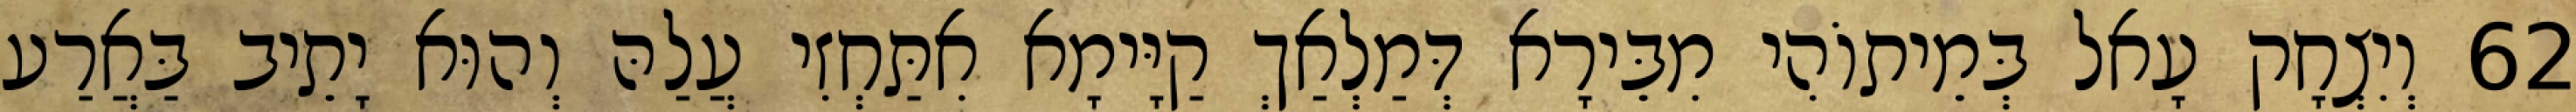
62 וְיִצְחָק עָאל בְּמֵיתוֹהִי מִבֵּירָא דְּמַלְאַךְ קַיָּימָא אִתַּחְזִי עֲלַהּ וְהוּא יָתֵיב בַּאֲרַע